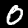
Digit: 0